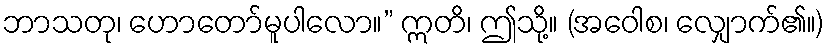
ဘာသတု၊ ဟောတော်မူပါလော။” ဣတိ၊ ဤသို့။ (အဝေါစ၊ လျှောက်၏။)